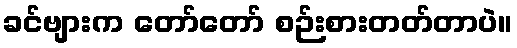
ခင်ဗျားက တော်တော် စဉ်းစားတတ်တာပဲ။